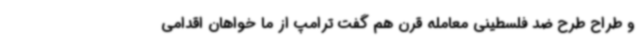
و طراح طرح ضد فلسطینی معامله قرن هم گفت ترامپ از ما خواهان اقدامی